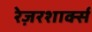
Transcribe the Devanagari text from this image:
रेज़रशार्क्स